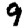
Digit: 9